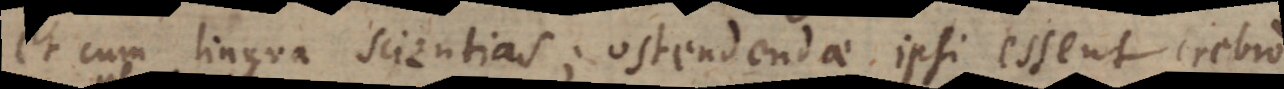
et cum lingua scientias; ostendendae ipsi essent res